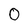
Character: O